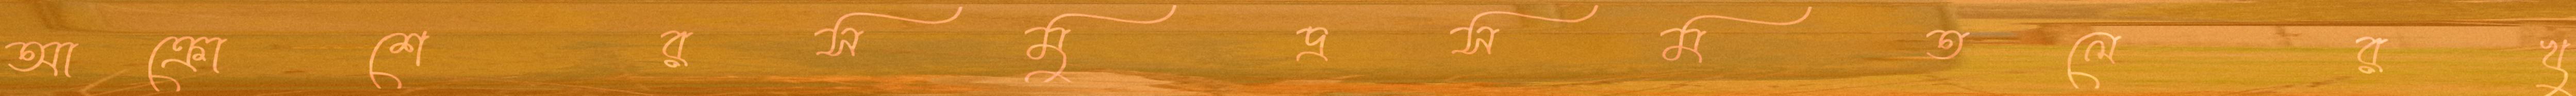
আক্রোশেরসমুদ্রসমতলেরখু